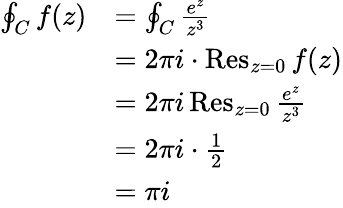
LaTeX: {\begin{array}{rl}{\oint_{C}f(z)}&{=\oint_{C}{\frac{e^{z}}{z^{3}}}}\\ &{=2\pi i\cdot\operatorname{Res}_{z=0}f(z)}\\ &{=2\pi i\operatorname{Res}_{z=0}{\frac{e^{z}}{z^{3}}}}\\ &{=2\pi i\cdot{\frac{1}{2}}}\\ &{=\pi i}\end{array}}